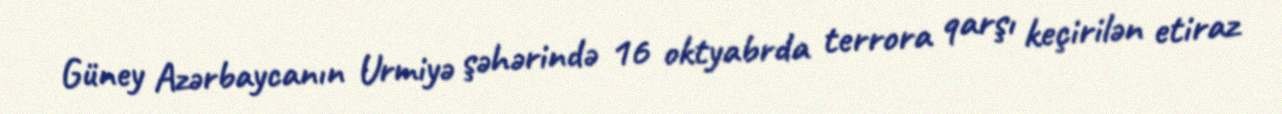
Güney Azərbaycanın Urmiyə şəhərində 16 oktyabrda terrora qarşı keçirilən etiraz